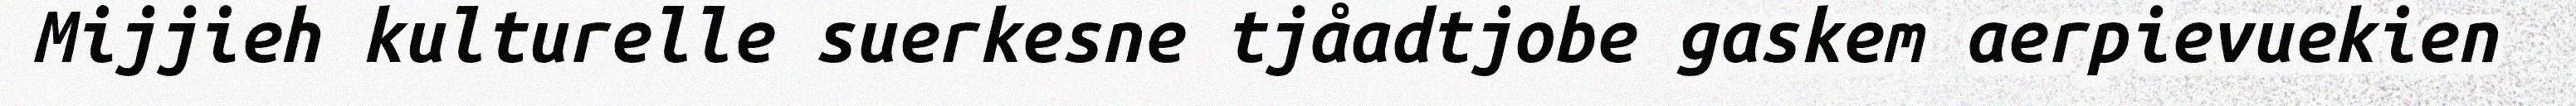
Mijjieh kulturelle suerkesne tjåadtjobe gaskem aerpievuekien